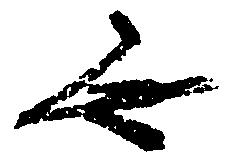
無